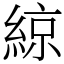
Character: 綡